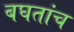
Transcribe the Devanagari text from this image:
बघतांच